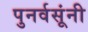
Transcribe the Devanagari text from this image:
पुनर्वसूंनी